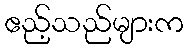
ဧည့်သည်များက